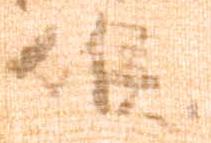
候